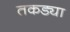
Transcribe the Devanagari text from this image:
तकड्या